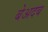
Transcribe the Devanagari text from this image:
बेअदब